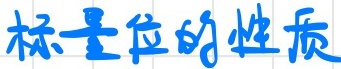
标量位的性质